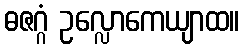
ဓဇဂ္ဂံ ဥလ္လောကေယျာထ။